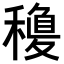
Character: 𥡽